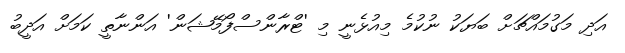
އަދި މަގުމައްޗަށް ބަޔަކު ނުކުމެ މިއުޅެނީ މި 'ޓްރާންސްފޯމޭޝަން' އަންނާތީ ކަމަށް އަދީބު